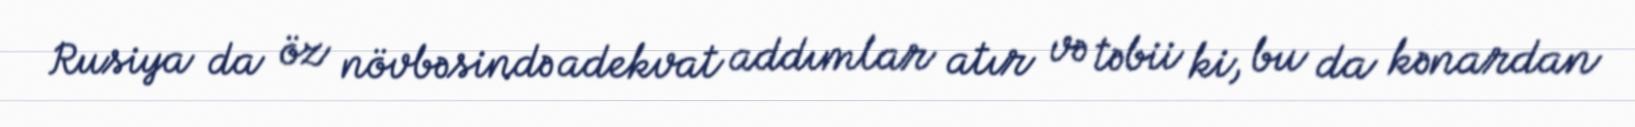
Rusiya da öz növbəsində adekvat addımlar atır və təbii ki, bu da kənardan